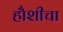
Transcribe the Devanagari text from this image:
हौशीचा